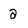
Character: a